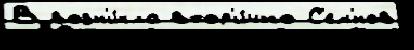
В возн'и́кла втор'и́чно С'ем'́нов